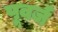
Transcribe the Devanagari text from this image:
पूवर्ज